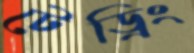
টেড্রিং